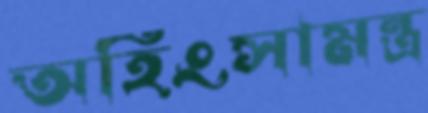
অহিংসামন্ত্র